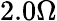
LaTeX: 2.0\Omega